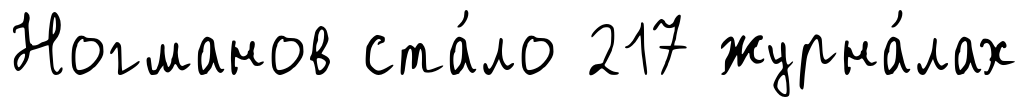
Ногманов ста́ло 217 журна́лах